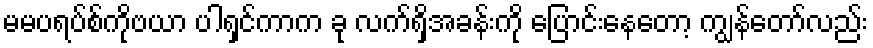
မမပရပ်စ်ကိုဗယာ ပါရှင်ကာက ခု လက်ရှိအခန်းကို ပြောင်းနေတော့ ကျွန်တော်လည်း